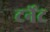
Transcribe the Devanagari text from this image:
टर्नेट